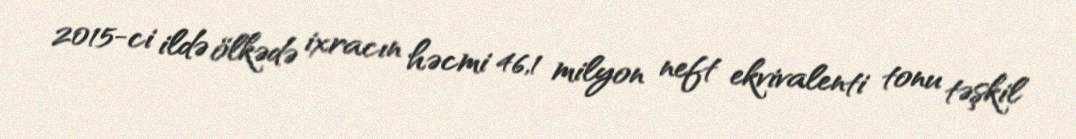
2015-ci ildə ölkədə ixracın həcmi 46,1 milyon neft ekvivalenti tonu təşkil